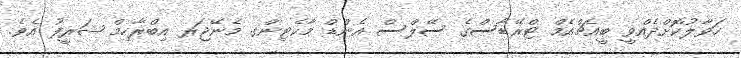
ހަވާލުކޮށްދެއްވީ ބީއެޗްއެމް ޓްރޭޑާސްގެ ސޭލްސް އެންޑް މާކެޓިންގ މެނޭޖަރ އިބްރާހިމް ޝަރީފު އެވެ.